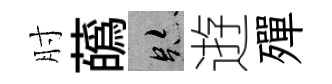
肘蘤跡逰殫